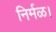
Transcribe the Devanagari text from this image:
निर्मळ।